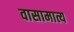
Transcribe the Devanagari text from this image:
वासामात्य